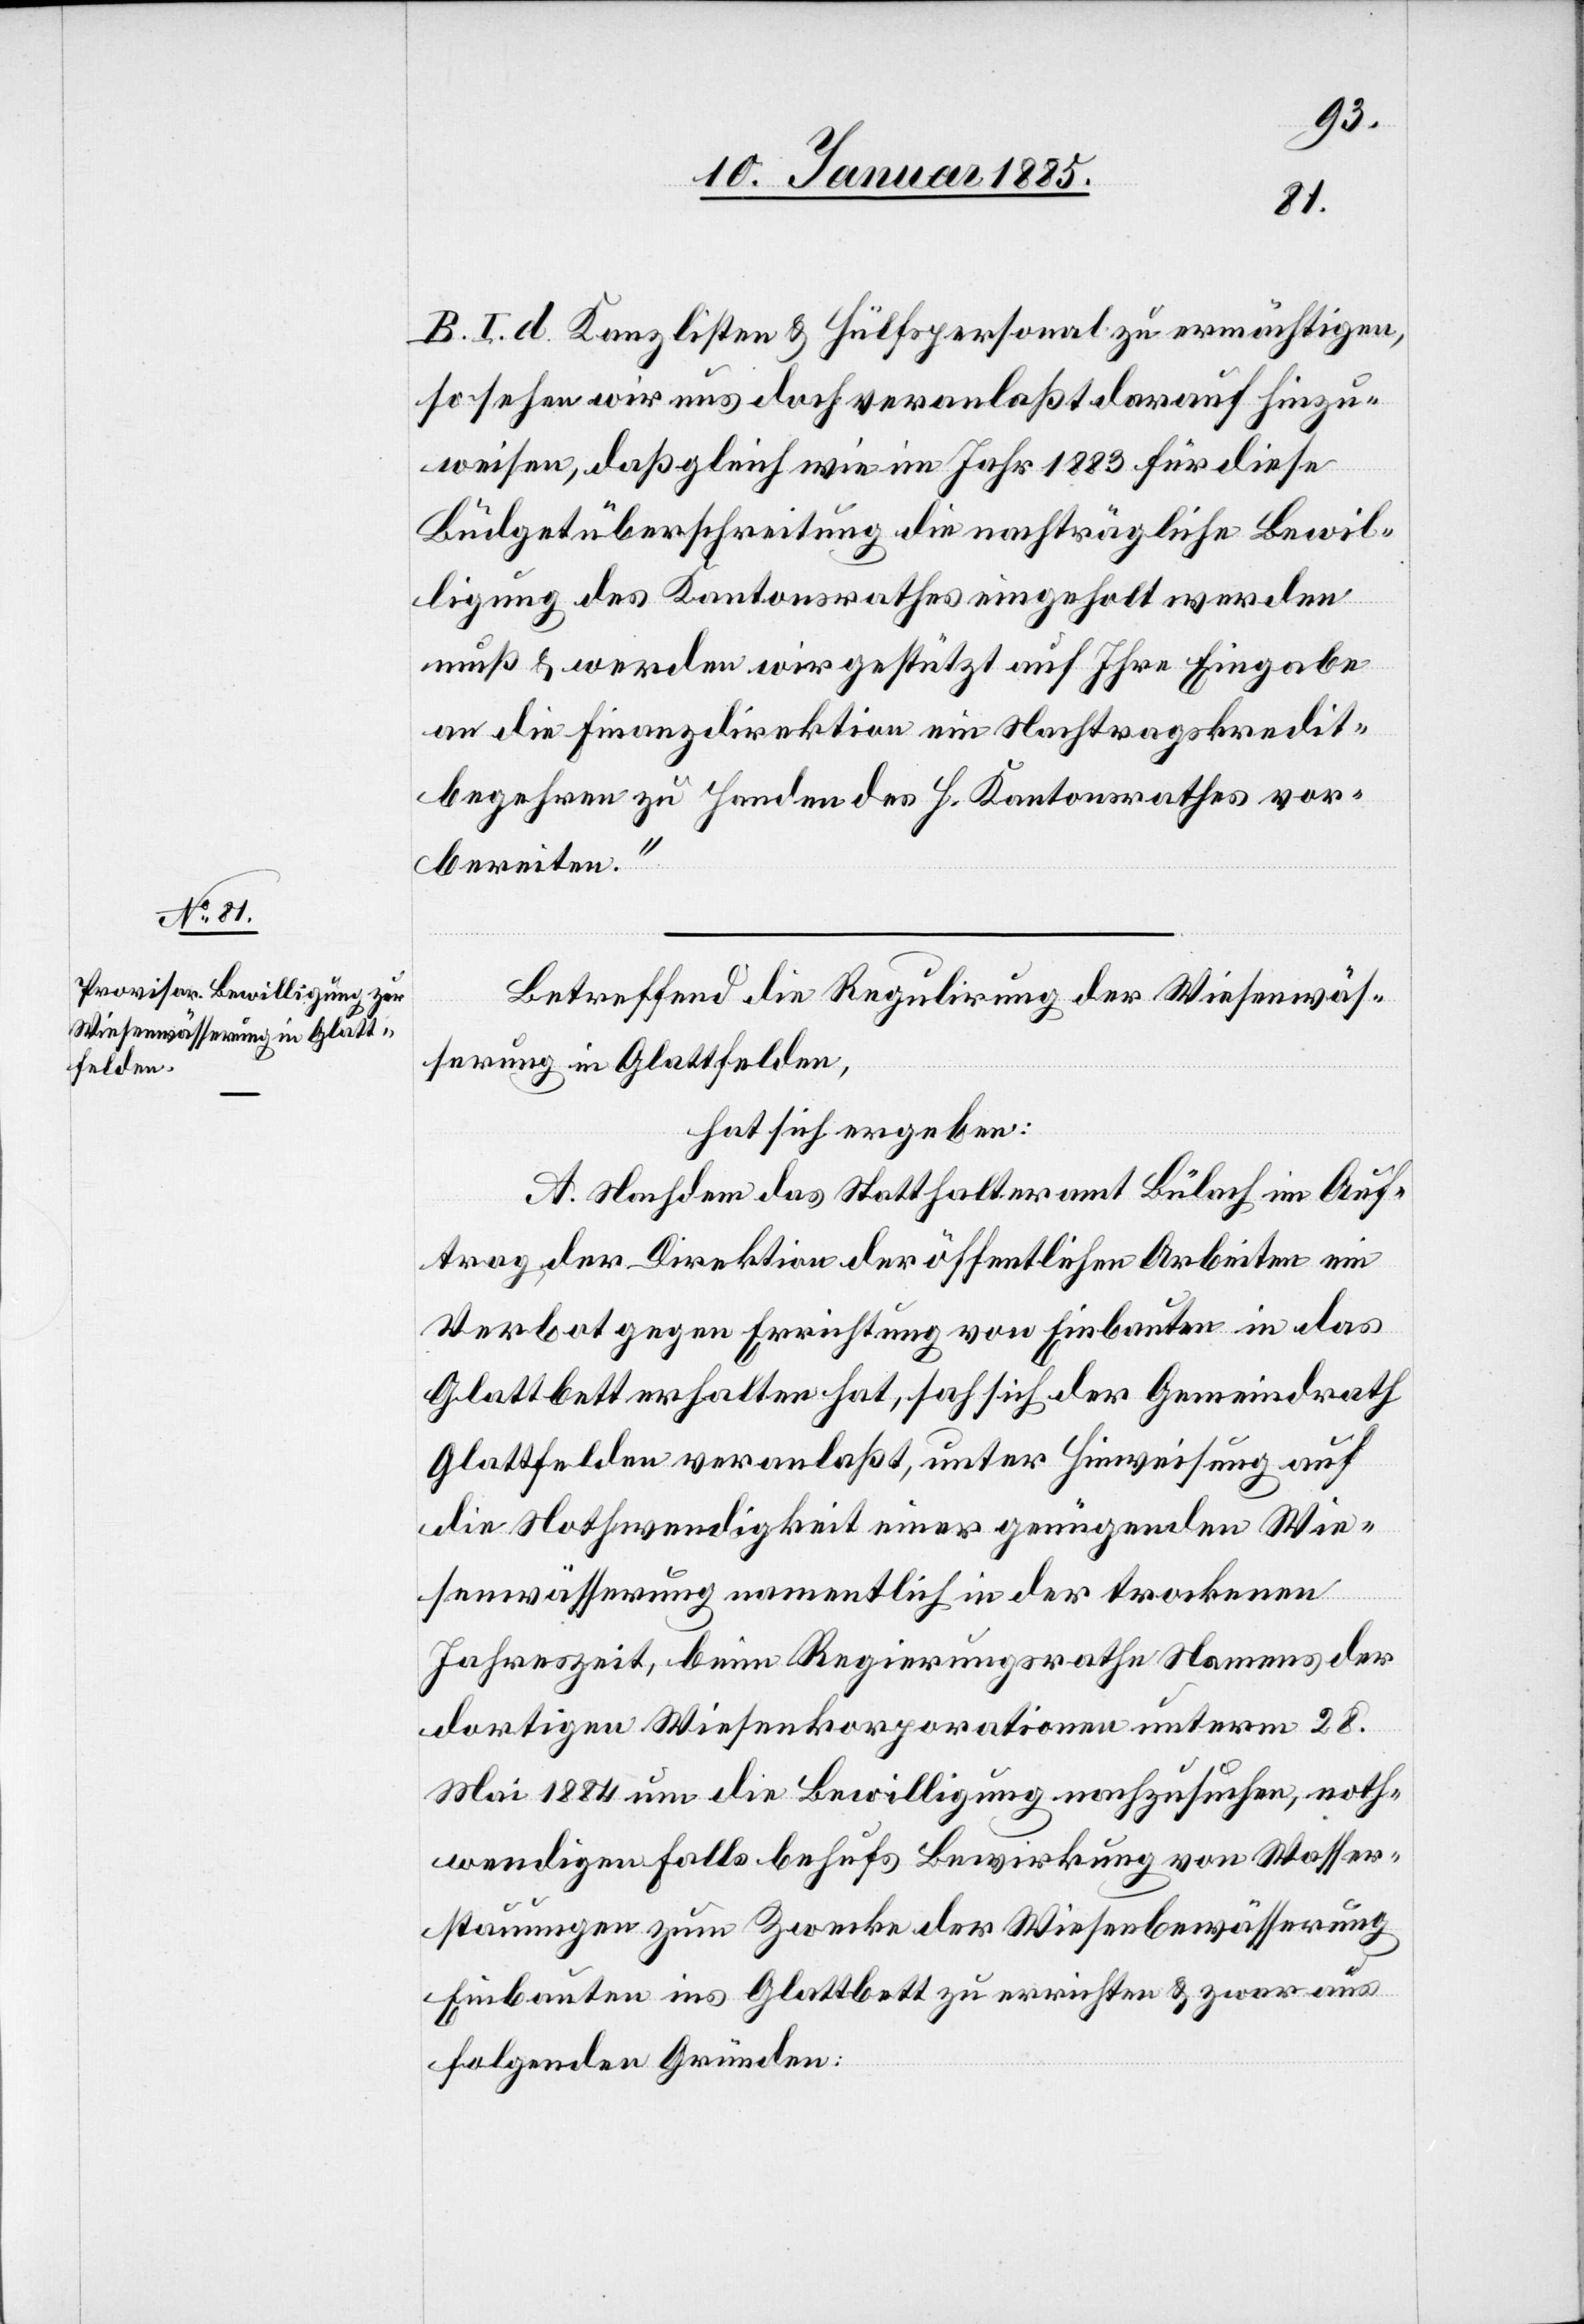
Betreffend die Regulirung der Wiesenwäs¬
serung in Glattfelden,
hat sich ergeben:
A. Nachdem das Statthalteramt Bülach im Auf¬
trag der Direktion der öffentlichen Arbeiten ein
Verbot gegen Errichtung von Einbauten in das
Glattbett erhalten hat, sah sich der Gemeindrath
Glattfelden veranlaßt, unter Hinweisung auf
die Nothwendigkeit einer genügenden Wie¬
senwässerung namentlich in der trockenen
Jahreszeit, beim Regierungsrathe Namens der
dortigen Wiesenkorporationen unterm 28.
Mai 1884 um die Bewilligung nachzusuchen, noth¬
wendigenfalls behufs Bewirkung von Wasser¬
stauungen zum Zwecke der Wiesenbewässerung
Einbauten ins Glattbett zu errichten & zwar aus
folgenden Gründen: